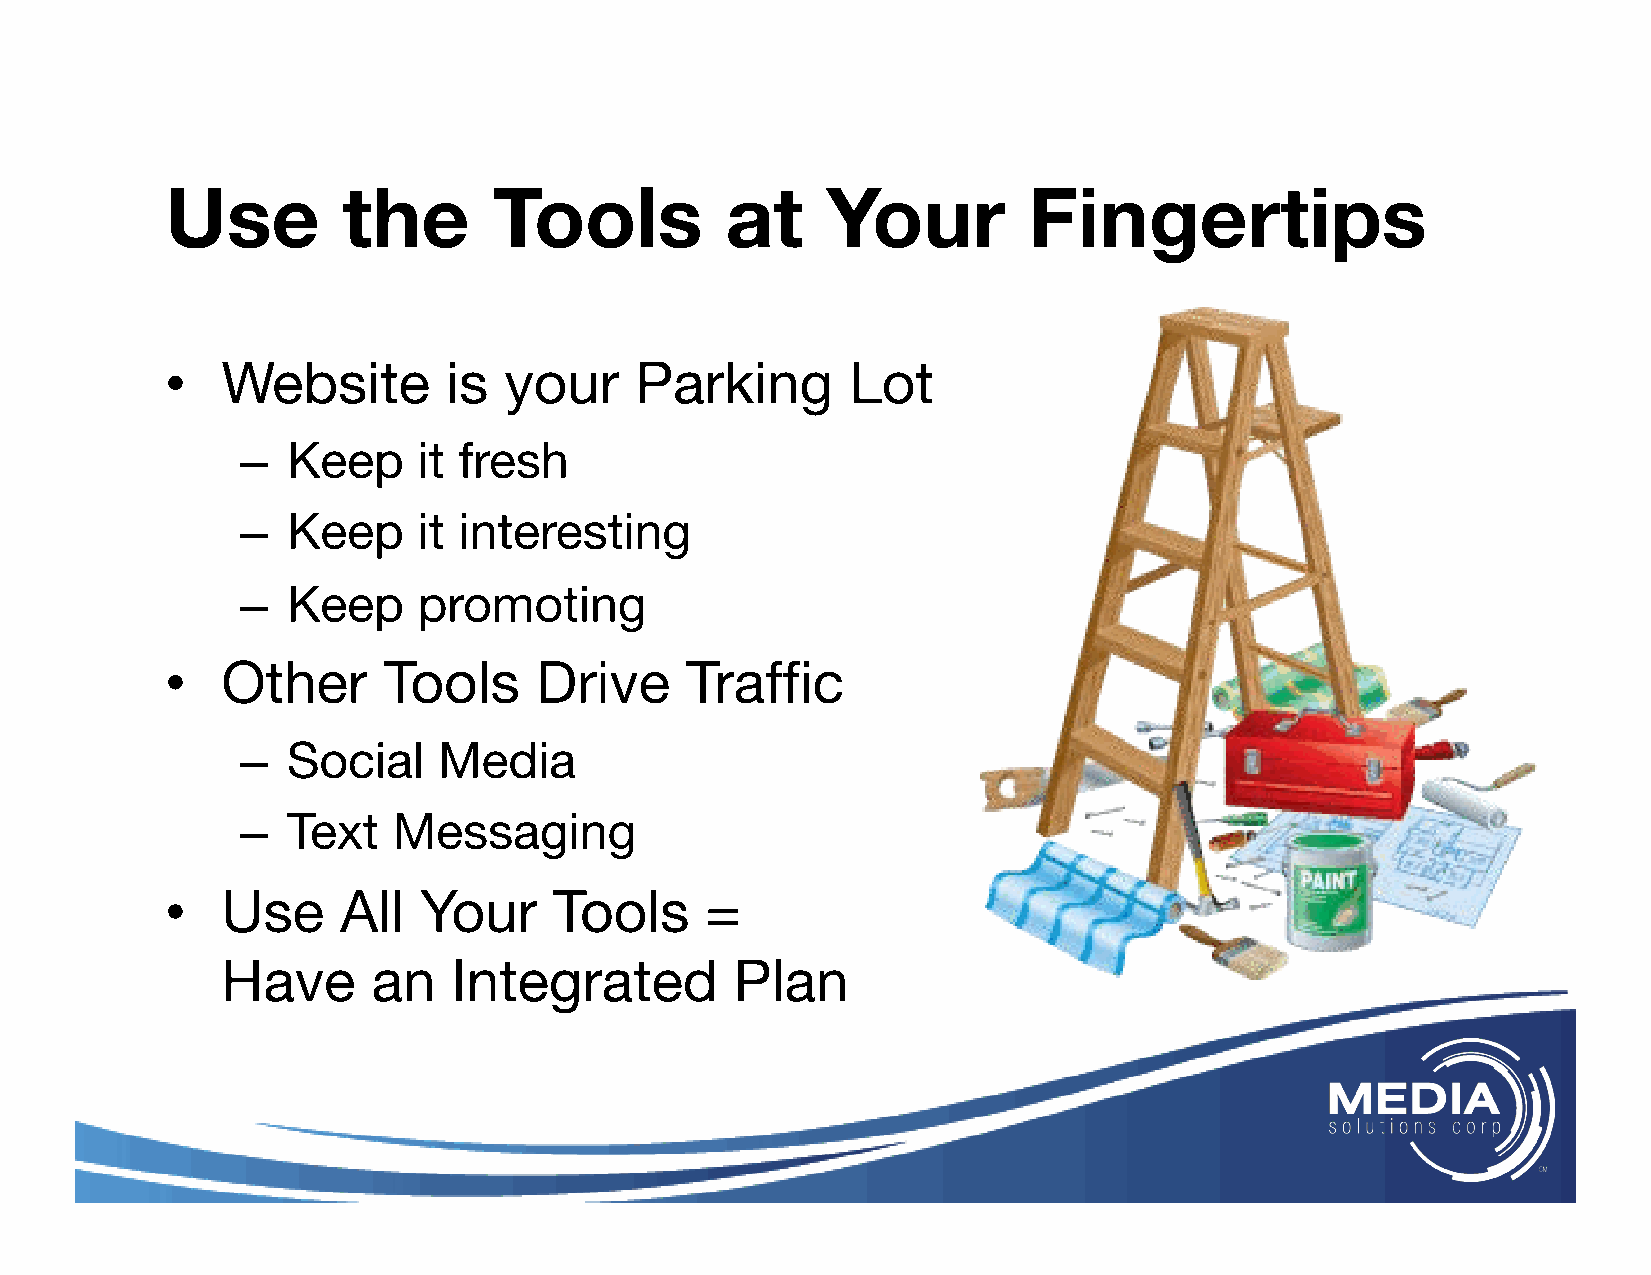
Use         the       Tools          at     Your         Fingertips
 •   Website        is your     Parking       Lot
 –  Keep     it fresh
 –  Keep     it interesting
 –  Keep     promoting
 •   Other     Tools     Drive     Traffic
 –  Social    Media
 –  Text   Messaging
 •   Use     All  Your     Tools     =
 Have      an   Integrated         Plan